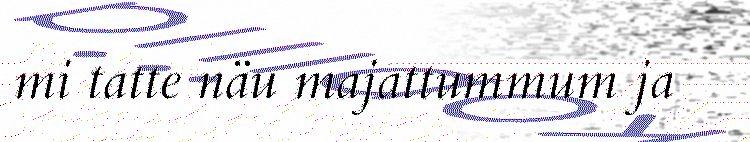
mi tatte näu majattummum ja